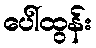
ပေါ်ထွန်း